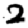
Digit: 2